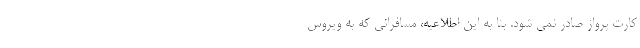
کارت پرواز صادر نمی شود. بنا به این اطلاعیه، مسافرانی که به ویروس